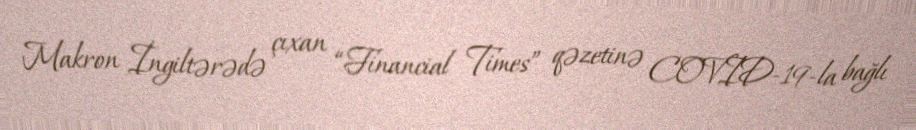
Makron İngiltərədə çıxan “Financial Times” qəzetinə COVID-19-la bağlı